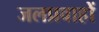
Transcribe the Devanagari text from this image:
जलप्रवाहों